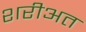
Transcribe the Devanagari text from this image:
शरीअत